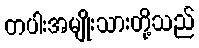
တပါးအမျိုးသားတို့သည်